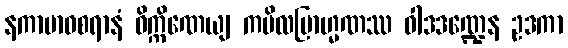
နကာမာဝစရာနံ ဝိက္ကိဏေယျ ကပိလဗြာဟ္မဏဿ ဝါဒဒဏ္ဍေန ဥဒကာ